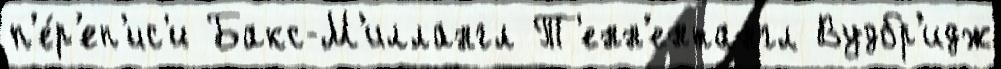
п'е́р'еп'ис'и Бакс-М'иллангл Т'енн'ентангл Вудбр'идж